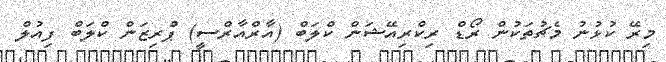
މިރޭ ކުޅުނު މެޗުތަކުން ރޯޑް ރިކްރިއޭޝަން ކްލަބް (އާރްއާރްސީ) ޕްރިޒަން ކްލަބް ފިއުލް